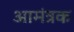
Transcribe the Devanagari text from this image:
आमंत्रक